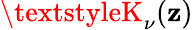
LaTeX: \textstyleK_{\nu}(\mathbf{z})